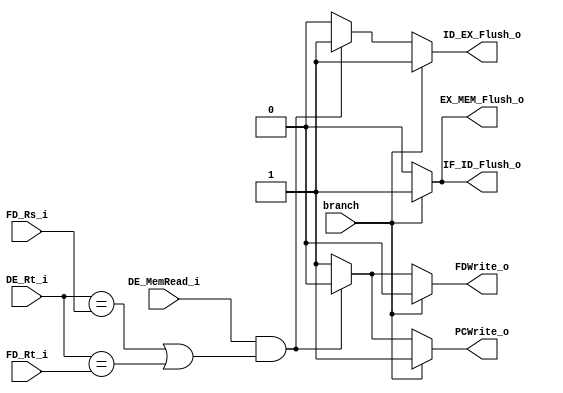
//Subject:     CO project  - HazardDetection
//--------------------------------------------------------------------------------
//Version:     
//--------------------------------------------------------------------------------

module HazardDetection_unit(
	branch,
	DE_MemRead_i,
	DE_Rt_i,
	FD_Rs_i,
	FD_Rt_i,
	PCWrite_o,
	FDWrite_o,
	IF_ID_Flush_o,
	ID_EX_Flush_o,
	EX_MEM_Flush_o
	);

// I/O ports
input  			branch;
input 			DE_MemRead_i;
input	[5-1:0] DE_Rt_i;
input	[5-1:0] FD_Rs_i;
input	[5-1:0] FD_Rt_i;

output 			PCWrite_o;
output 			FDWrite_o; 
output 			IF_ID_Flush_o;
output 			ID_EX_Flush_o;
output 			EX_MEM_Flush_o;

//Internal Signals
reg	 			PCWrite_o;
reg 			FDWrite_o; 
reg 			IF_ID_Flush_o;
reg 			ID_EX_Flush_o;
reg 			EX_MEM_Flush_o;

//Parameter

//Main function
always @(*) begin
	// Branch
	if(branch)begin
		PCWrite_o <= 1'd1;
		FDWrite_o <= 1'd0;
		IF_ID_Flush_o <= 1'd1;
		ID_EX_Flush_o <= 1'd1;
		EX_MEM_Flush_o <= 1'd1;
	end

	// Load hazard
	else if(DE_MemRead_i & ((DE_Rt_i == FD_Rs_i) | (DE_Rt_i == FD_Rt_i))) begin
		PCWrite_o <= 1'd0;
		FDWrite_o <= 1'd0;
		IF_ID_Flush_o <= 1'd0;
		ID_EX_Flush_o <= 1'd1;
		EX_MEM_Flush_o <= 1'd0;
	end

	//no hazard
	else begin
		PCWrite_o <= 1'd1;
		FDWrite_o <= 1'd1;
		IF_ID_Flush_o <= 1'd0;
		ID_EX_Flush_o <= 1'd0;
		EX_MEM_Flush_o <= 1'd0;
	end
end
endmodule